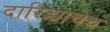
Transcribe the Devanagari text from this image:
दारिद्र्याचेच